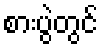
စားပွဲတွင်